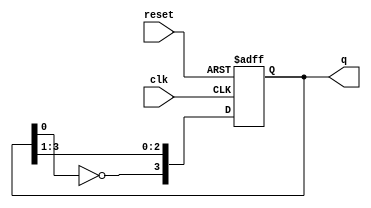
module johnson_counter (
    input wire clk,         // Clock input
    input wire reset,       // Asynchronous reset input
    output reg [3:0] q      // 4-bit output
);

// Counter state initialization
initial begin
    q = 4'b0000; // Start with all zeros
end

// On clock edge or reset
always @(posedge clk or posedge reset) begin
    if (reset) begin
        q <= 4'b0000; // Reset counter to 0000
    end else begin
        // Johnson counter logic
        q[3] <= ~q[0]; // Invert the last flip-flop and feed it back
        q[2] <= q[3];  // Shift right
        q[1] <= q[2];  // Shift right
        q[0] <= q[1];  // Shift right
    end
end

endmodule